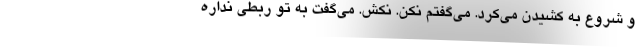
و شروع به کشیدن می‌کرد. می‌گفتم نکن. نکش. می‌گفت به تو ربطی نداره